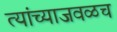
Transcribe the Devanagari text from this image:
त्यांच्याजवळच